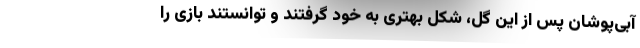
آبی‌پوشان پس از این گل، شکل بهتری به خود گرفتند و توانستند بازی را